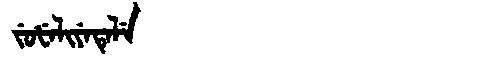
Manchu: ᠵᡠᡶᡝᠯᡳᠶᡝᡨᡝᠯᡝ
Romanization: JUFELIYETELE